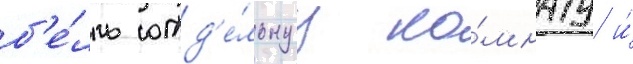
б'е́лль отд'е́льнуу ко́мнату и́